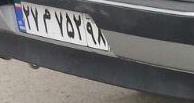
۲۷م۷۵۲۹۸